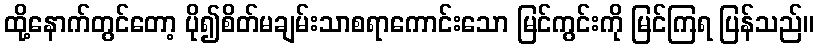
ထို့နောက်တွင်တော့ ပို၍စိတ်မချမ်းသာစရာကောင်းသော မြင်ကွင်းကို မြင်ကြရ ပြန်သည်။